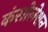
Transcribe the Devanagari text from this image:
कंसोलेशन